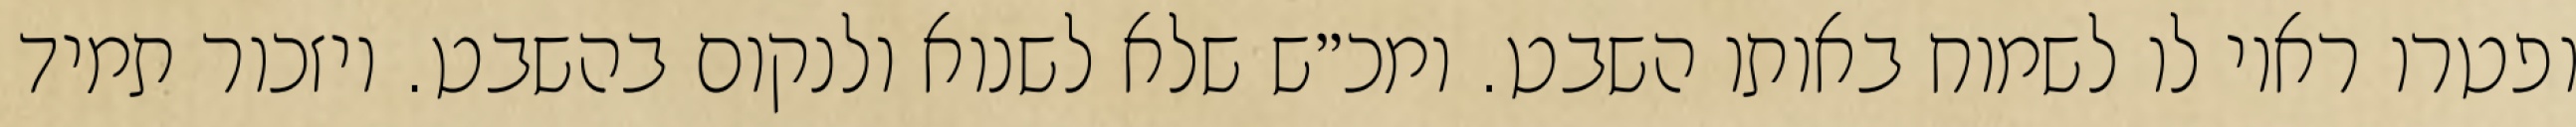
ופטרו ראוי לו לשמוח באותו השבט. ומכ״ש שלא לשנוא ולנקום בהשבט. ויזכור תמיד